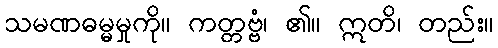
သမဏဓမ္မမှုကို။ ကတ္တဗ္ဗံ၊ ၏။ ဣတိ၊ တည်း။